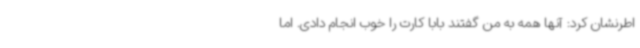
اطرنشان کرد: آنها همه به من گفتند بابا کارت را خوب انجام دادی. اما